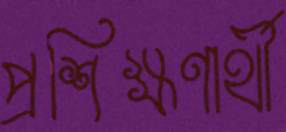
প্রশিক্ষণার্থী